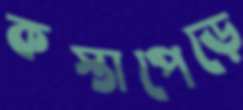
কস্তাপেড়ে